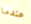
عندما